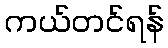
ကယ်တင်ရန်